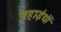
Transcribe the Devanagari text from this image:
बहाईयों